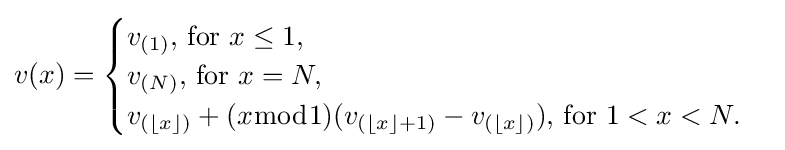
v(x)={\begin{cases}v_{(1)}{\text{, for }}x\leq 1,\\v_{(N)}{\text{, for }}x=N,\\v_{(\lfloor x\rfloor )}+(x{\bmod {1}})(v_{(\lfloor x\rfloor +1)}-v_{(\lfloor x\rfloor )}){\text{, for }}1<x<N.\end{cases}}